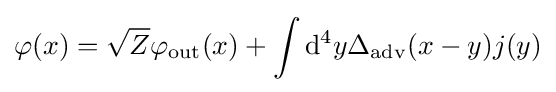
\varphi (x)={\sqrt {Z}}\varphi _{\mathrm {out} }(x)+\int \mathrm {d} ^{4}y\Delta _{\mathrm {adv} }(x-y)j(y)